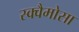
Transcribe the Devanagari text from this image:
स्क्वैमोसा